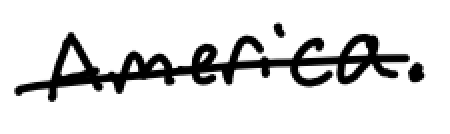
Text: America.
Cross-out: single-line
Writing tool: digital_black